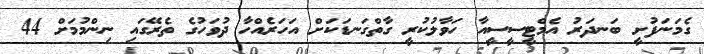
ގެމަނަފުށީ ބަނދަރު އެމްޓީސީސީއާ ހަވާލުކުރީ ގާތްގަނޑަކަށް އަހަރެއްހާ ދުވަހުގެ ތެރޭގައި ނިންމުމަށް 44